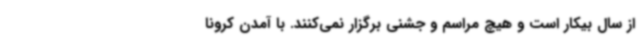
از سال بیکار است و هیچ مراسم و جشنی برگزار نمی‌کنند. با آمدن کرونا